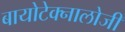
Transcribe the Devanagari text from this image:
बायोटेक्नालोजी